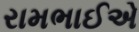
રામભાઈએ